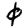
Digit: 0